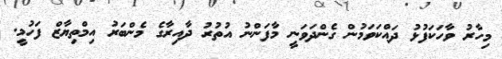
މިހާރު ވާހަކަފުޅު ދައްކަވަމުން ގެންދަވަނީ މާފަންނު އުތުރު ދާއިރާގެ މެންބަރު އިމްތިޔާޒް ފަހުމީ.